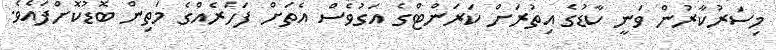
މިސަރުކާރުން ވަނީ ކާޑުގެ އިތުރަށް ކަރަންޓްގެ އަގުވެސް އެތަށް ފަހަރެއްގެ މަތިން ބޮޑުކޮށްފައެވެ.